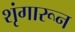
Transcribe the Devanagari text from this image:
शृंगारून